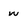
Character: w